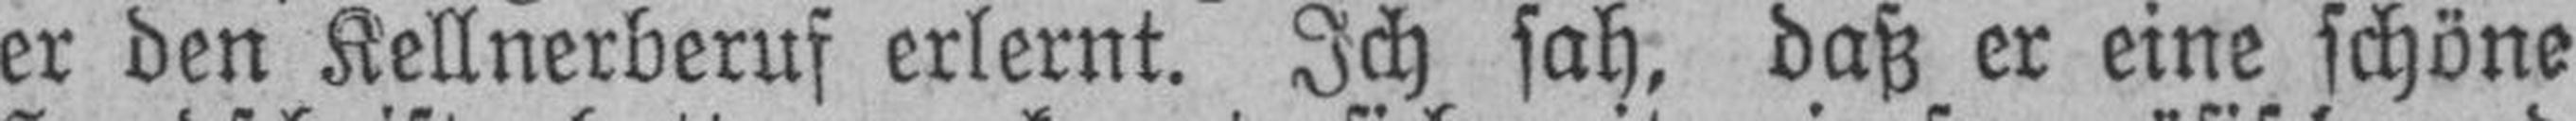
er den Kellnerberuf erlernt. Ich sah, daß er eine schöne